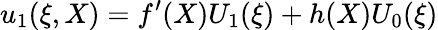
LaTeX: u_{1}(\xi,X)=f^{\prime}(X)U_{1}(\xi)+h(X)U_{0}(\xi)